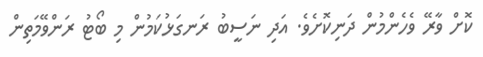
ކޮށް ވާރޭ ވެހެންމުން ދަނިކޮށެވެ. އަދި ނަސީބު ރަނގަޅުކަމުން މި ބޯޓު ރަންވޭމަތިން